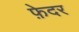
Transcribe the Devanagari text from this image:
फ़ेदर